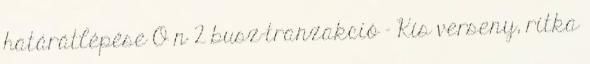
határátlépése O n 2 busz-tranzakció – Kis verseny, ritka